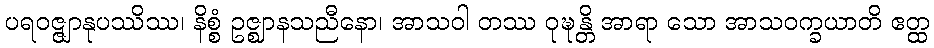
ပရဝဇ္ဇျာနုပဿိဿ၊ နိစ္စံ ဥဇ္ဈာနသညီနော၊ အာသဝါ တဿ ဝုဍ္ဎန္တိ အာရာ သော အာသဝက္ခယာတိ ဧတ္ထ